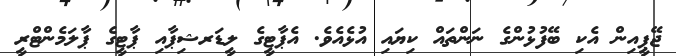
ޖޭޕީއިން އެކި ބޭފުޅުންގެ ނަންތައް ކިޔައި އުޅެއެވެ. އެޕާޓީގެ ލީޑަރޝިޕާއި ޕާޓީގެ ޕާލަމެންޓްރީ